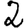
Digit: 2